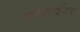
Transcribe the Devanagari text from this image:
टाईपराईटर